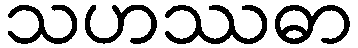
သဟဿဓာ